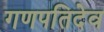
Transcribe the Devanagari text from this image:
गणपतिदेव